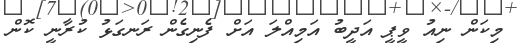
މިކަން ނިއު ވީޕީ އަދީބު އަމިއްލަ އަށް ފެނިގެން ރަނގަޅު ކުރާނީ ކޮން